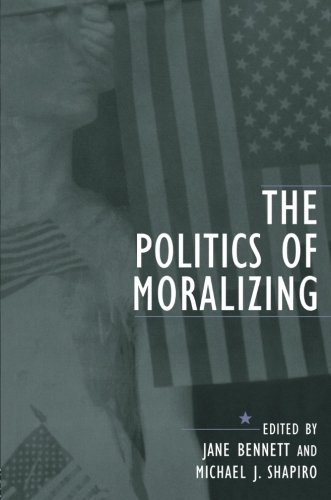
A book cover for The Politics of Moralizing; Health, Fitness & Dieting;